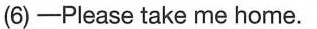
(6) —Please take me home.